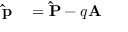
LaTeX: { \begin{array} { r l } { \mathbf { \hat { p } } } & { { } = \mathbf { \hat { P } } - q \mathbf { A } } \end{array} } \,